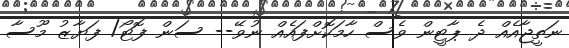
ނަތީޖާއެއް ދެ ޕާޓީން ވެސް ހާމަކޮށްފައެއް ނުވޭ-- ސަން ފޮޓޯ/ ފަޔާޒު މޫސާ